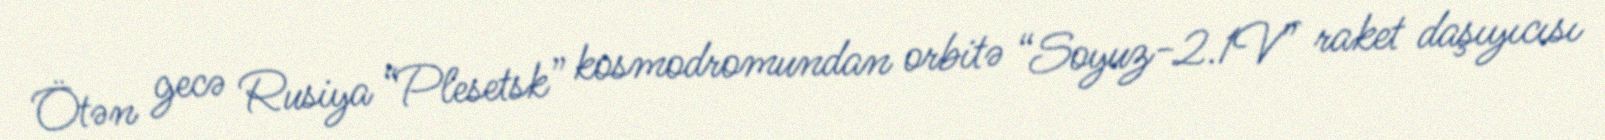
Ötən gecə Rusiya “Plesetsk” kosmodromundan orbitə “Soyuz-2.1V” raket daşıyıcısı